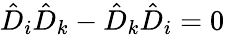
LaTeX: {\hat{D}}_{i}{\hat{D}}_{k}-{\hat{D}}_{k}{\hat{D}}_{i}=0